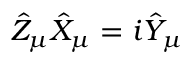
\hat { Z } _ { \mu } \hat { X } _ { \mu } = i \hat { Y } _ { \mu }